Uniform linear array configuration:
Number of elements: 48
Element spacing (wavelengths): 1
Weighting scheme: uniform
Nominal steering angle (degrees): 30
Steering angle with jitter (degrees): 31.161
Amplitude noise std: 0.05
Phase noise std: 0.05

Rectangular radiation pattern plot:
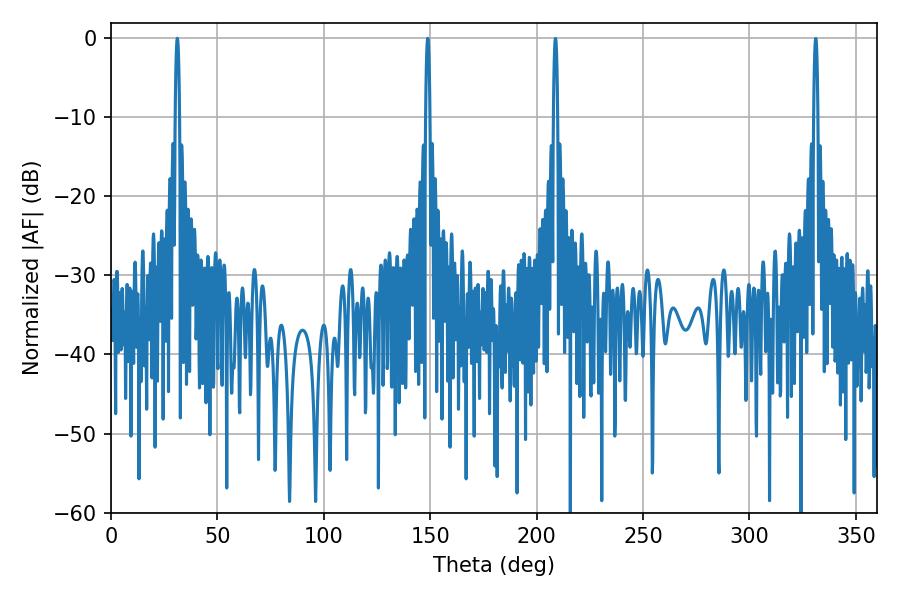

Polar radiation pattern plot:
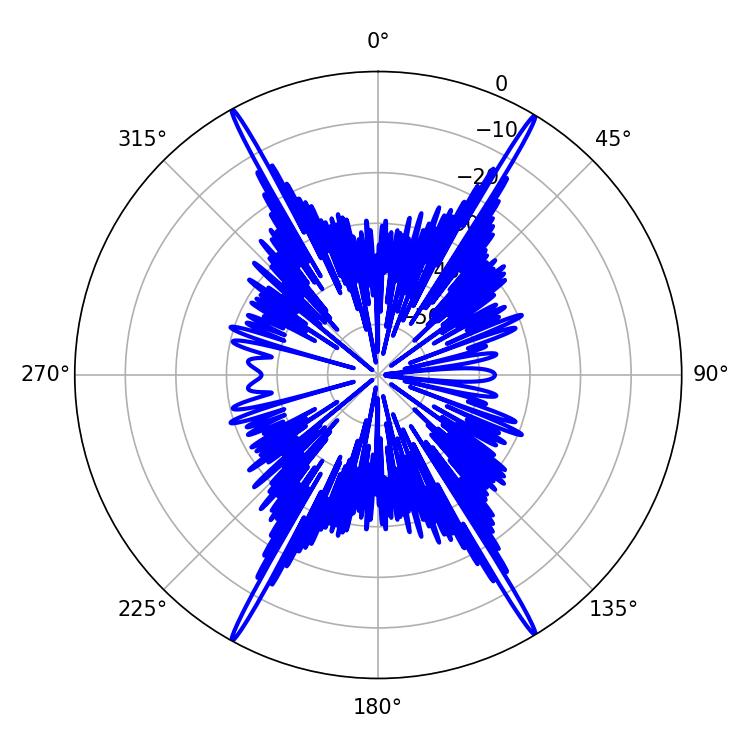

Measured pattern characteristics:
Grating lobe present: TRUE
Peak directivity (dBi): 29.891
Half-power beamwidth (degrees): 1.08
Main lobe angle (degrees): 31.14